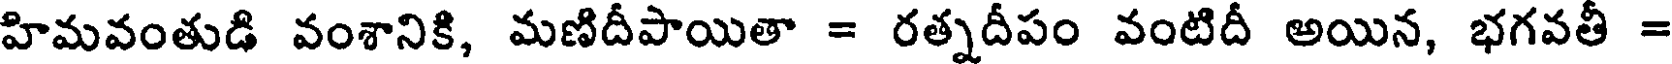
హిమవంతుడి వంశానికి, మణిదీపాయితా = రత్నదీపం వంటిదీ అయిన, భగవతీ =